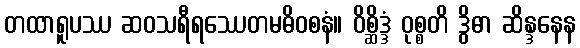
တထာရူပဿ ဆဝသရီရဿေတမဓိဝစနံ။ ဝိစ္ဆိဒ္ဒံ ဝုစ္စတိ ဒွိဓာ ဆိန္ဒနေန